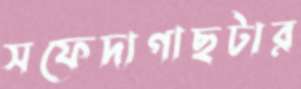
সফেদাগাছটার